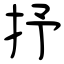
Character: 抒